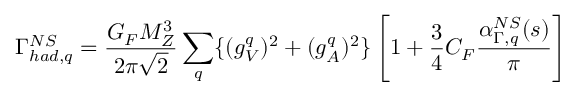
\Gamma _ { h a d , q } ^ { N S } = \frac { G _ { F } M _ { Z } ^ { 3 } } { 2 \pi \sqrt { 2 } } \sum _ { q } \{ ( g _ { V } ^ { q } ) ^ { 2 } + ( g _ { A } ^ { q } ) ^ { 2 } \} \left[ 1 + \frac { 3 } { 4 } C _ { F } \frac { \alpha _ { \Gamma , q } ^ { N S } ( s ) } { \pi } \right]